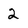
Character: 2